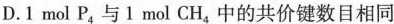
D.1molP_{4}与1mol CH_{4}中的共价键数目相同